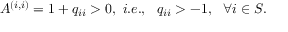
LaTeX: A ^ { ( i , i ) } = 1 + q _ { i i } > 0 , \ i . e . , \ \ q _ { i i } > - 1 , \ \ \forall i \in S .